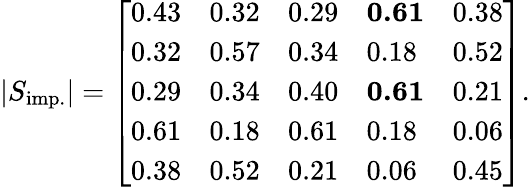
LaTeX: |S_{\mathrm{imp.}}|=\left[\begin{array}{lllll}{{0.43}}&{{0.32}}&{{0.29}}&{\textbf{0.61}}&{{0.38}}\\ {{0.32}}&{{0.57}}&{{0.34}}&{{0.18}}&{{0.52}}\\ {{0.29}}&{{0.34}}&{{0.40}}&{\textbf{0.61}}&{{0.21}}\\ {{0.61}}&{{0.18}}&{{0.61}}&{{0.18}}&{{0.06}}\\ {{0.38}}&{{0.52}}&{{0.21}}&{{0.06}}&{{0.45}}\end{array}\right].